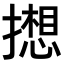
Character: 𫾋